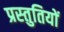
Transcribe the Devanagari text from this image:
प्रस्‍तुतियों